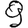
Digit: 9